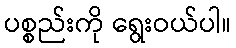
ပစ္စည်းကို ရွေးဝယ်ပါ။